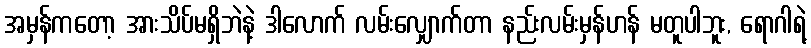
အမှန်ကတော့ အားသိပ်မရှိဘဲနဲ့ ဒါလောက် လမ်းလျှောက်တာ နည်းလမ်းမှန်ဟန် မတူပါဘူး, ရောဂါရဲ့